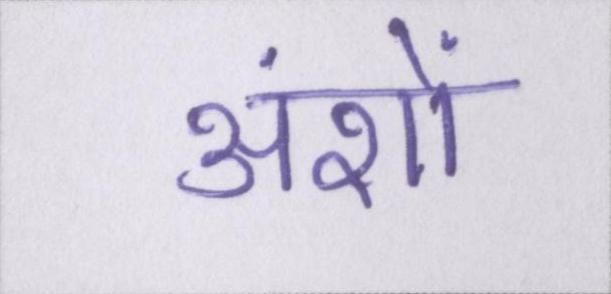
अंशों